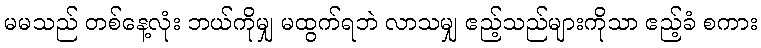
မမသည် တစ်နေ့လုံး ဘယ်ကိုမျှ မထွက်ရဘဲ လာသမျှ ဧည့်သည်များကိုသာ ဧည့်ခံ စကား